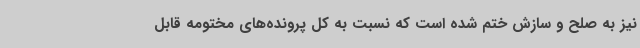
نیز به صلح و سازش ختم شده است که نسبت به کل پرونده‌های مختومه قابل